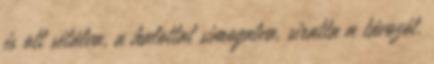
és ott sétálva, a halottat simogatva, siratta a távozót.